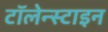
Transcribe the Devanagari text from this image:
टॉलेन्स्टाइन